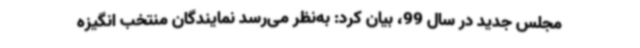
مجلس جدید در سال 99، بیان کرد: به‌نظر می‌رسد نمایندگان منتخب انگیزه